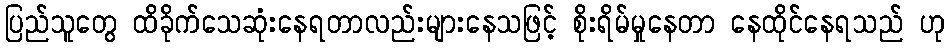
ပြည်သူတွေ ထိခိုက်သေဆုံးနေရတာလည်းများနေသဖြင့် စိုးရိမ်မှုနေတာ နေထိုင်နေရသည် ဟု